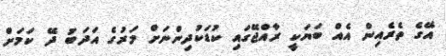
އޭގެ ތެރެއިން އެއް ބަޔަކީ ރާއްޖޭގައި ކުޑަކުދިންނަށް މަރުގެ އަދަބު ދޭ ކަމަށް